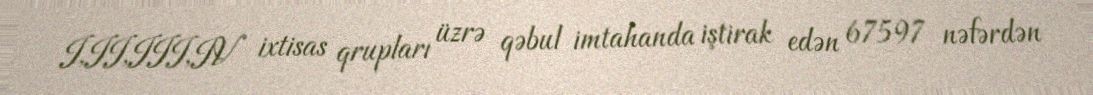
I,II,III,IV ixtisas qrupları üzrə qəbul imtahanda iştirak edən 67597 nəfərdən